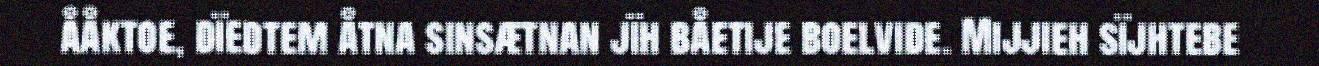
ååktoe, dïedtem åtna sinsætnan jïh båetije boelvide. Mijjieh sïjhtebe